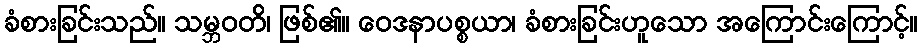
ခံစားခြင်းသည်။ သမ္ဘဝတိ၊ ဖြစ်၏။ ဝေဒနာပစ္စယာ၊ ခံစားခြင်းဟူသော အကြောင်းကြောင့်။